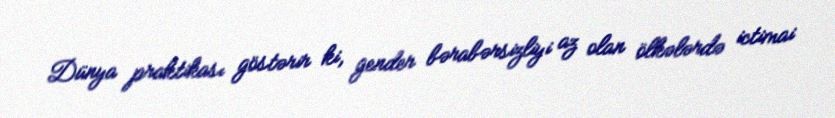
Dünya praktikası göstərir ki, gender bərabərsizliyi az olan ölkələrdə ictimai